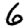
Digit: 6